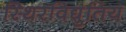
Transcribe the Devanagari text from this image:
स्थिरविद्युतिय